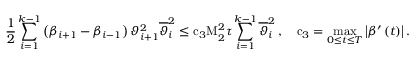
\frac { 1 } { 2 } \sum _ { i = 1 } ^ { k - 1 } { \left( { \beta } _ { i + 1 } - { \beta } _ { i - 1 } \right) { \vartheta } _ { i + 1 } ^ { 2 } { \overline { { \vartheta } } } _ { i } ^ { 2 } } \leq { \mathrm { c } } _ { 3 } { \mathrm { M } } _ { 2 } ^ { 2 } { \tau } \sum _ { i = 1 } ^ { k - 1 } { { \overline { { \vartheta } } } _ { i } ^ { 2 } } \, , \quad { \mathrm { c } } _ { 3 } = \operatorname* { m a x } _ { 0 \leq t \leq { T } } { \left| { \beta } ^ { \prime } \left( t \right) \right| } \, .